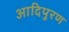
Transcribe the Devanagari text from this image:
आदिपुरण